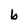
Character: b